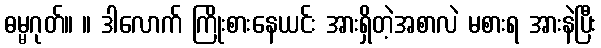
ဓမ္မဂုတ်။ ။ ဒါလောက် ကြိုးစားနေယင်း အားရှိတဲ့အစာလဲ မစားရ အားနဲပြီး